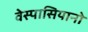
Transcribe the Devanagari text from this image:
वेस्पासियानो